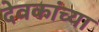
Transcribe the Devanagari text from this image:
देवकांच्या